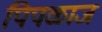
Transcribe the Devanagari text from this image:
पिपळाज